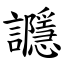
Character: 讔